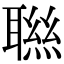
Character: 聮